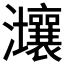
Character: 𤅑